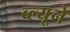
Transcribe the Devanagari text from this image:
ब्ल्यूने